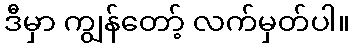
ဒီမှာ ကျွန်တော့် လက်မှတ်ပါ။